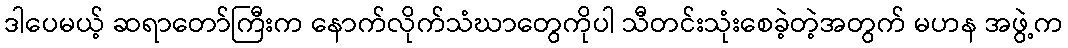
ဒါပေမယ့် ဆရာတော်ကြီးက နောက်လိုက်သံဃာတွေကိုပါ သီတင်းသုံးစေခဲ့တဲ့အတွက် မဟန အဖွဲ့က